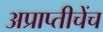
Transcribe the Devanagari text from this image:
अप्राप्तीचेंच